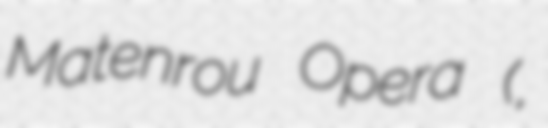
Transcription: Matenrou Opera (摩天楼オペラ,